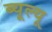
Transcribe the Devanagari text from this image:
ब्यूल्यू